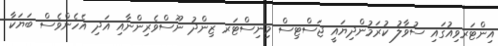
އިންޓަރވިއުގައި ސުވާލު ކުރަމުންދިޔައީ ޖަސްޓިސް މިނިސްޓަރ ޒިންދު ނޫސްވެރިންނާއި އަދި އެހެންވެސް ބަޔަކާ